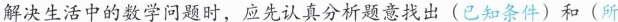
解决生活中的数学问题时，应先认真分析题意找出(已知条件)和(所